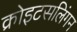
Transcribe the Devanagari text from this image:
क्रोइटसलिंगन